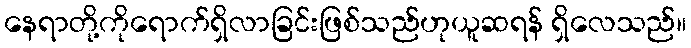
နေရာတို့ကိုရောက်ရှိလာခြင်းဖြစ်သည်ဟုယူဆရန် ရှိလေသည်။